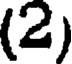
(2)